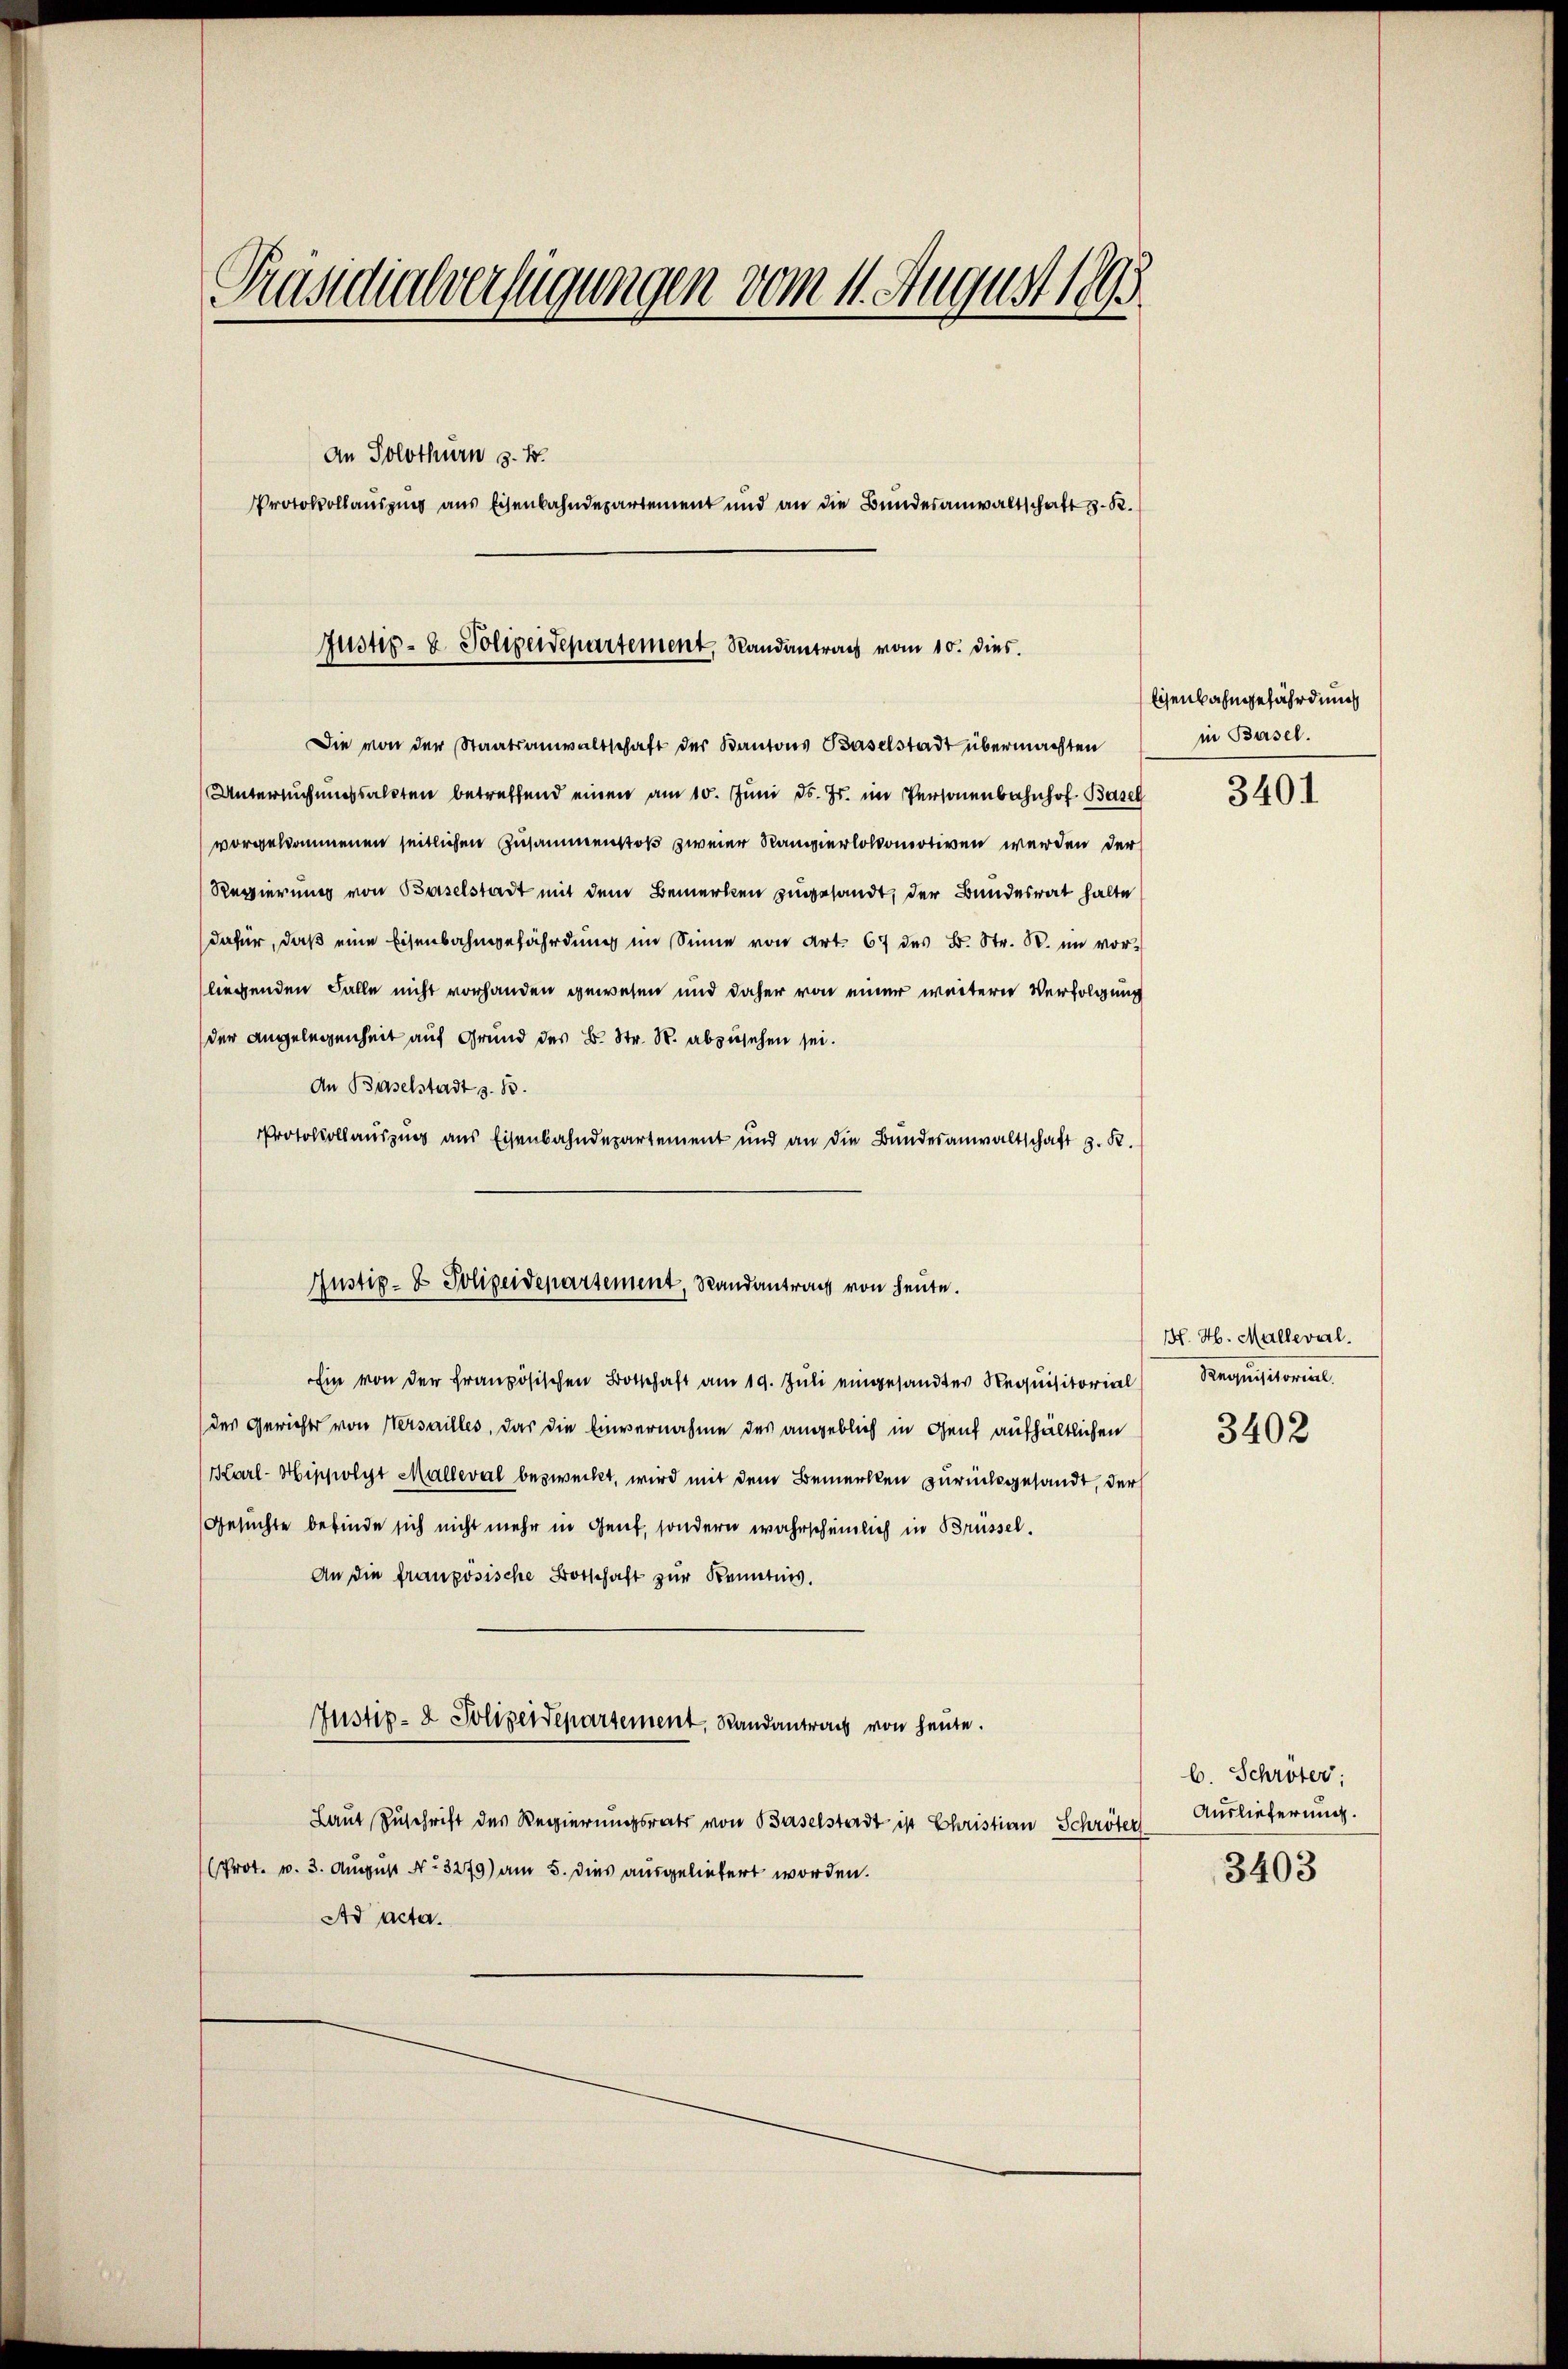
Präsidialverfügungen vom 11. August 1895
An Solothurn d. 15.
Protokollausging aus Eisenbahndepartement und an die Bundesanwaltschaft d. R.

Justiz- & Polizeidepartement, Randantrag vom 10. dies.

Die von der Staatsanwaltschaft der Kantons Baselstadt übermachten
Untersuchungssalten betreffend einen am 10. Juni d. Js. im Personenbahnhof Basel
vorgekommenen seitlichen Zusammenstoß zweier Rampierlokomotiven werden der
Regierung von Baselstadt mit dem Bemerken zugesandt, der Bundesrat halte
dafür, daß eine Eisenbahngefährdung im Sinne von Art. 67 des B. Str. R. im vor¬
(liegenden Falle nicht vorhanden gewesen und daher von einer weitern Verfolgung
der Angelegenheit auf Grund des B. Str. S. abzusehen sei.
An Baselstadt S. 83.
Protokollauszug aus Eisenbahndepartement und an die Bundesanwaltschaft z. R.
Ein von der französischen Botschaft am 19. Juli eingesandter Requisitorial
des Gewichter von Versailles, das die Einvernahme des angeblich in Genf aufhältlichen
Karl-Hippolyt Malleval bezweckt, wird mit dem Bemerken zurückgesandt, der
Gesuchte befinde sich nicht mehr in Gent, sondern wahrscheinlich in Brüssel¬
An die französische Botschaft zur Kenntnis.
Justiz- & Polizeidepartement, Randantrag von heute.
Laut Zuschrift des Regierungsrats von Baselstadt ist Christian Schröter
Prot. v. 3. August No. 3279) am 5. dies ausgeliebert worden.
Ad acta.

Justiz- & Polizeidepartement, Randantrag von heute.

lisenbahngefährdung
in Basel.

3401

H. H. Malleval.
Requisitorial.

3402

b. Schröter;
Auslieferung.

3403